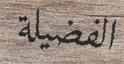
الفضيلة